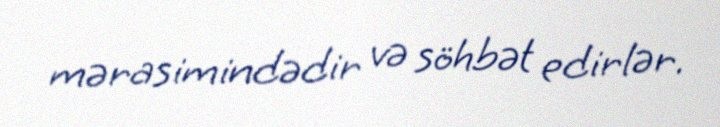
mərasimindədir və söhbət edirlər.